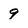
Character: 9